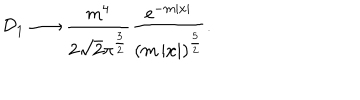
LaTeX: { \cal D } _ { 1 } \longrightarrow \frac { m ^ { 4 } } { 2 \sqrt { 2 } \pi ^ { \frac 3 2 } } \frac { \mathrm { e } ^ { - m \left| x \right| } } { \left( m \left| x \right| \right) ^ { \frac 5 2 } } .